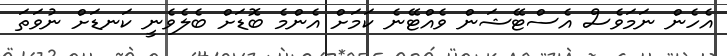
އެހެން ނަމަވެސް އެސްޓޭޝަން ވެއްޓޭނެ ކަމަށް އެންމެ ބޮޑަށް ބެލެވެނީ ކަނޑަށް ނުވަތަ